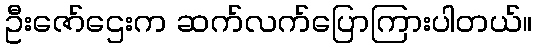
ဦးဇော်ဌေးက ဆက်လက်ပြောကြားပါတယ်။